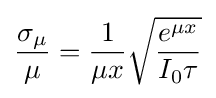
{\sigma _{\mu } \over {\mu }}={{1 \over \mu x}{\sqrt {e^{\mu x} \over I_{0}\tau }}}